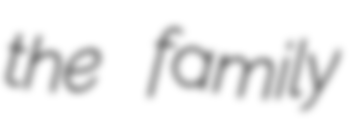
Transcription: the family